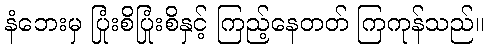
နံဘေးမှ ပြုံးစိပြုံးစိနှင့် ကြည့်နေတတ် ကြကုန်သည်။